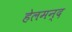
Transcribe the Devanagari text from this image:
हेलमन्द